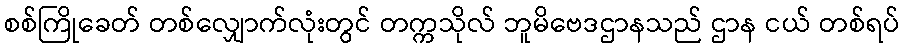
စစ်ကြိုခေတ် တစ်လျှောက်လုံးတွင် တက္ကသိုလ် ဘူမိဗေဒဌာနသည် ဌာန ငယ် တစ်ရပ်